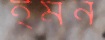
ইমন